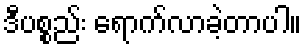
ဒီပစ္စည်း ရောက်လာခဲ့တာပါ။